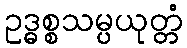
ဥဒ္ဓစ္စသမ္ပယုတ္တံ